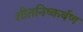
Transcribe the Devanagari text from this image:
शीतनिष्कर्षण